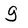
Character: g